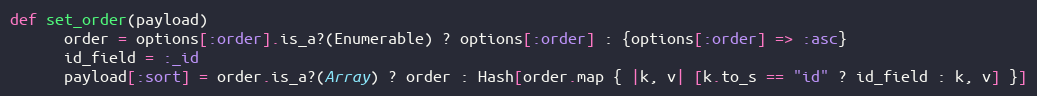
Language: Ruby
def set_order(payload)
      order = options[:order].is_a?(Enumerable) ? options[:order] : {options[:order] => :asc}
      id_field = :_id
      payload[:sort] = order.is_a?(Array) ? order : Hash[order.map { |k, v| [k.to_s == "id" ? id_field : k, v] }]